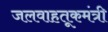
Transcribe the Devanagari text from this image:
जलवाहतूकमंत्री